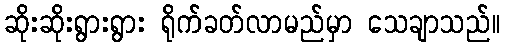
ဆိုးဆိုးရွားရွား ရိုက်ခတ်လာမည်မှာ သေချာသည်။